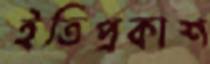
ইতিপ্রকাশ